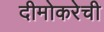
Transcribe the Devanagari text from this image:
दीमोकरेची